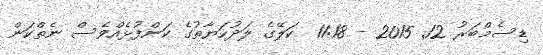
ޑިސެމްބަރު 12